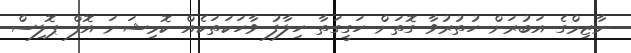
ނާޒިމްގެ އަބުރަށް ހުތުރުވާ ގޮތަށް ހަގީގަތާ ހިލާފު ވާހަކަތަކެއް ކޮމިޝަނަ އޮފް ޕޮލިސް